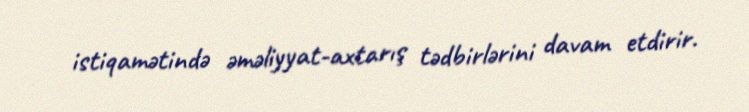
istiqamətində əməliyyat-axtarış tədbirlərini davam etdirir.